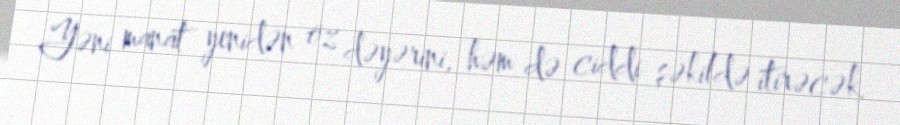
Yəni manat yenidən öz dəyərini, həm də ciddi şəkildə itirəcək.